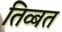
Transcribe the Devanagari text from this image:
तिव्बत